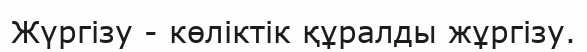
Жүргізу - көліктік құралды жұргізу.